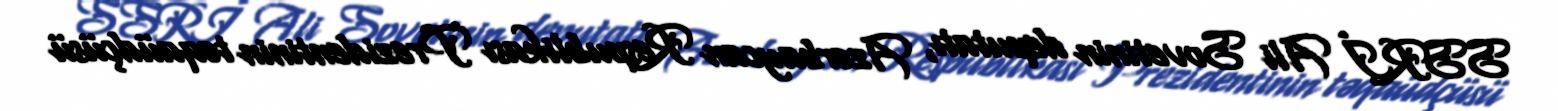
SSRİ Ali Sovetinin deputatı, Azərbaycan Respublikası Prezidentinin təqaüdçüsü